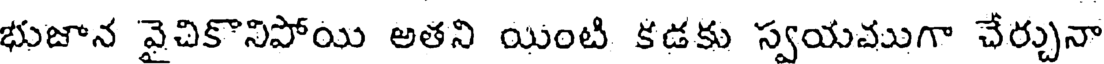
భుజాన వైచికొనిపోయి అతని యింటి కడకు స్వయముగా చేర్చునా